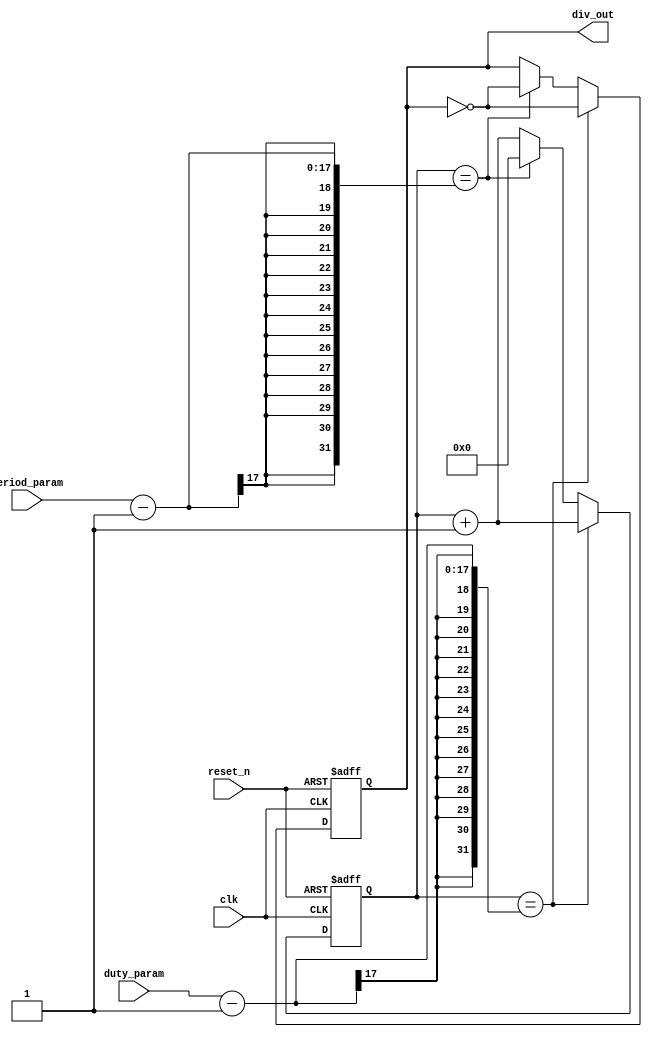
module freq_div

#(
	parameter N = 17 
)
(			
	input clk,
	input reset_n,
	input [N-1:0] period_param,
	input [N-1:0] duty_param,
	output reg div_out
);
reg [N-1:0]count;
always@(posedge clk or negedge reset_n)
	begin
		if(!reset_n)
			begin
				count=0;
				div_out=1;
			end
		else if(count==duty_param-1)
			begin
				div_out=~div_out;
				count=count+1;
			end
		else if(count==period_param-1)
			begin
				div_out=~div_out;
				count=0;
			end
		else
			begin
				count=count+1;
			end
	end
endmodule